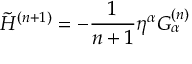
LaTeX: \tilde { H } ^ { ( n + 1 ) } = - \frac { 1 } { n + 1 } \eta ^ { \alpha } G _ { \alpha } ^ { ( n ) }